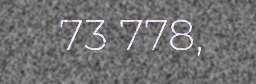
73 778,